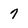
Character: 7